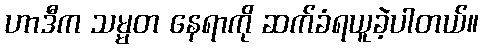
ဟာဒီက သမ္မတ နေရာကို ဆက်ခံရယူခဲ့ပါတယ်။